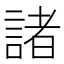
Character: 諸